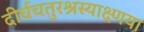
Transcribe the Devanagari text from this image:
दीर्घचतुरश्रस्याक्ष्णया